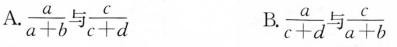
A. $$\frac { a } { a + b }$$ 与 $$\frac { c }{ c + d }$$ B.$$\frac { a } { c + d }$$ 与 $$\frac { c } { a + b }$$